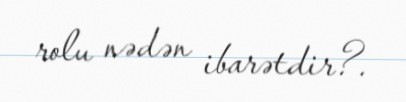
rolu nədən ibarətdir?.